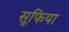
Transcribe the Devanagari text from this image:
सूफिया